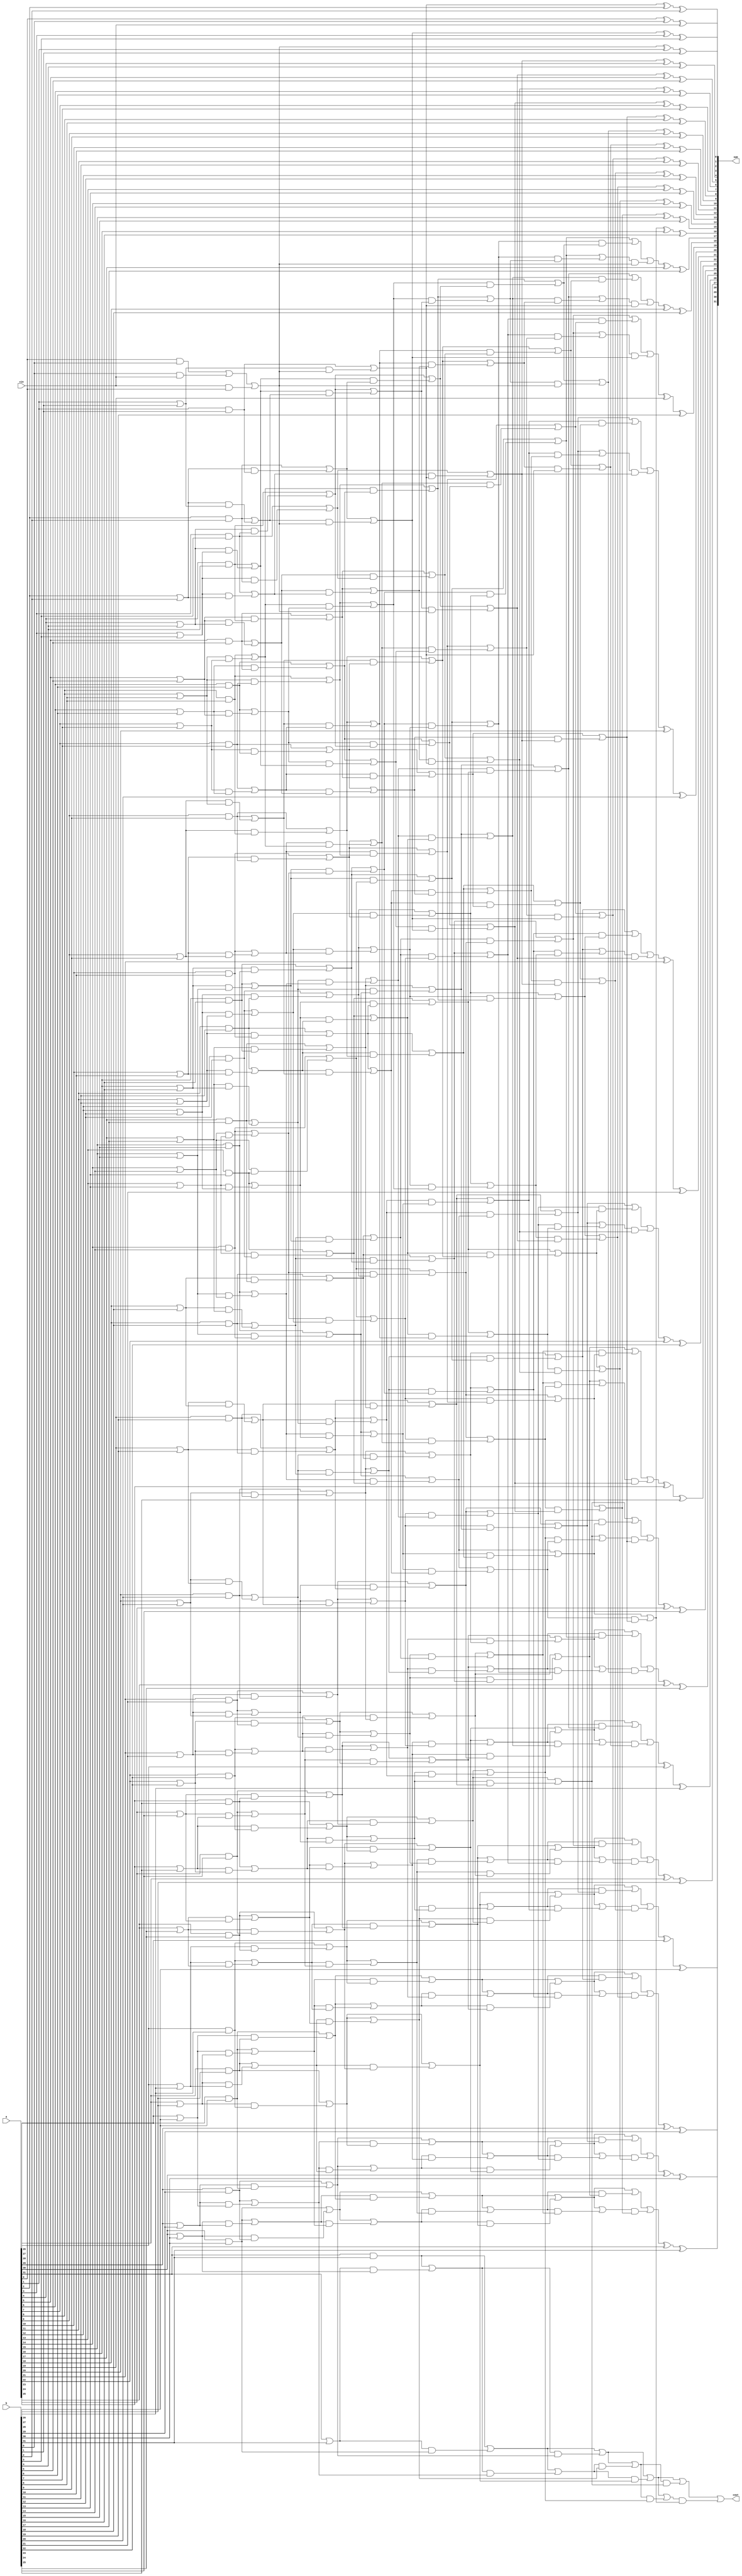
module rdcla(a, b, cin, sum, cout);
	input [32:1] a,b;
	input cin;
	
	output wire [32:1] sum;
	output wire cout;

	wire [1:0] kgp [32:1];
	
	wire [1:0] temp_1 [32:1];
	wire [1:0] temp_2 [32:1];
	wire [1:0] temp_4 [32:1];
	wire [1:0] temp_8 [32:1];
	wire [1:0] temp_16 [32:1];

	wire [32:1] kg;

//kgp -- 00-kill && 11-generate && 10-propagate

	
//KGP Generating
assign kgp[1][0]=(a[1]&b[1]) | (b[1]&cin) | (cin&a[1]);
assign kgp[1][1]=(a[1]&b[1]) | (b[1]&cin) | (cin&a[1]);

assign kgp[2][0]=a[2]&b[2]; 
assign kgp[2][1]=a[2]|b[2];

assign kgp[3][0]=a[3]&b[3]; 
assign kgp[3][1]=a[3]|b[3];

assign kgp[4][0]=a[4]&b[4]; 
assign kgp[4][1]=a[4]|b[4];

assign kgp[5][0]=a[5]&b[5]; 
assign kgp[5][1]=a[5]|b[5];

assign kgp[6][0]=a[6]&b[6]; 
assign kgp[6][1]=a[6]|b[6];

assign kgp[7][0]=a[7]&b[7]; 
assign kgp[7][1]=a[7]|b[7];

assign kgp[8][0]=a[8]&b[8]; 
assign kgp[8][1]=a[8]|b[8];

assign kgp[9][0]=a[9]&b[9]; 
assign kgp[9][1]=a[9]|b[9];

assign kgp[10][0]=a[10]&b[10]; 
assign kgp[10][1]=a[10]|b[10];

assign kgp[11][0]=a[11]&b[11]; 
assign kgp[11][1]=a[11]|b[11];

assign kgp[12][0]=a[12]&b[12]; 
assign kgp[12][1]=a[12]|b[12];

assign kgp[13][0]=a[13]&b[13]; 
assign kgp[13][1]=a[13]|b[13];

assign kgp[14][0]=a[14]&b[14]; 
assign kgp[14][1]=a[14]|b[14];

assign kgp[15][0]=a[15]&b[15]; 
assign kgp[15][1]=a[15]|b[15];

assign kgp[16][0]=a[16]&b[16]; 
assign kgp[16][1]=a[16]|b[16];

assign kgp[17][0]=a[17]&b[17]; 
assign kgp[17][1]=a[17]|b[17];

assign kgp[18][0]=a[18]&b[18]; 
assign kgp[18][1]=a[18]|b[18];

assign kgp[19][0]=a[19]&b[19]; 
assign kgp[19][1]=a[19]|b[19];

assign kgp[20][0]=a[20]&b[20]; 
assign kgp[20][1]=a[20]|b[20];

assign kgp[21][0]=a[21]&b[21]; 
assign kgp[21][1]=a[21]|b[21];

assign kgp[22][0]=a[22]&b[22]; 
assign kgp[22][1]=a[22]|b[22];

assign kgp[23][0]=a[23]&b[23]; 
assign kgp[23][1]=a[23]|b[23];

assign kgp[24][0]=a[24]&b[24]; 
assign kgp[24][1]=a[24]|b[24];

assign kgp[25][0]=a[25]&b[25]; 
assign kgp[25][1]=a[25]|b[25];

assign kgp[26][0]=a[26]&b[26]; 
assign kgp[26][1]=a[26]|b[26];

assign kgp[27][0]=a[27]&b[27]; 
assign kgp[27][1]=a[27]|b[27];

assign kgp[28][0]=a[28]&b[28]; 
assign kgp[28][1]=a[28]|b[28];

assign kgp[29][0]=a[29]&b[29]; 
assign kgp[29][1]=a[29]|b[29];

assign kgp[30][0]=a[30]&b[30]; 
assign kgp[30][1]=a[30]|b[30];

assign kgp[31][0]=a[31]&b[31]; 
assign kgp[31][1]=a[31]|b[31];

assign kgp[32][0]=a[32]&b[32]; 
assign kgp[32][1]=a[32]|b[32];

//KGP Reducing
// 16 15 14 13 12 11 10 9 8 7 6 5 4 3 2 1
// 1 -32.31 ..... 16.15  15.14  14.13  13.12  12.11  11.10  10.9  9.8  8.7  7.6  6.5  5.4  4.3  3.2  2.1  1
// 2 -32.30 ..... 16.14  15.13  14.12  13.11  12.10  11.9  10.8  9.7  8.6  7.5  6.4  5.3  4.2  3.1  2  1
// 4 -32.28 ..... 16.12  15.11  14.10  13.9  12.8  11.7  10.6  9.5  8.4  7.3  6.2  5.1  4  3  2  1
// 8 -32.24 ..... 16.8  15.7  14.6  13.5  12.4  11.3  10.2  9.1  8  7  6  5  4  3  2  1
// 16- 
// 32-NIL


// 1 - 32.31 ..... 16.15  15.14  14.13  13.12  12.11  11.10  10.9  9.8  8.7  7.6  6.5  5.4  4.3  3.2  2.1  1

assign temp_1[1][0]=kgp[1][0];
assign temp_1[1][1]=kgp[1][1];

assign temp_1[2][0]=(kgp[2][0])|(kgp[2][1]&kgp[1][0]);
assign temp_1[2][1]=(kgp[2][0])|(kgp[2][1]&kgp[1][1]);

assign temp_1[3][0]=(kgp[3][0])|(kgp[3][1]&kgp[2][0]);
assign temp_1[3][1]=(kgp[3][0])|(kgp[3][1]&kgp[2][1]);

assign temp_1[4][0]=(kgp[4][0])|(kgp[4][1]&kgp[3][0]);
assign temp_1[4][1]=(kgp[4][0])|(kgp[4][1]&kgp[3][1]);

assign temp_1[5][0]=(kgp[5][0])|(kgp[5][1]&kgp[4][0]);
assign temp_1[5][1]=(kgp[5][0])|(kgp[5][1]&kgp[4][1]);

assign temp_1[6][0]=(kgp[6][0])|(kgp[6][1]&kgp[5][0]);
assign temp_1[6][1]=(kgp[6][0])|(kgp[6][1]&kgp[5][1]);

assign temp_1[7][0]=(kgp[7][0])|(kgp[7][1]&kgp[6][0]);
assign temp_1[7][1]=(kgp[7][0])|(kgp[7][1]&kgp[6][1]);

assign temp_1[8][0]=(kgp[8][0])|(kgp[8][1]&kgp[7][0]);
assign temp_1[8][1]=(kgp[8][0])|(kgp[8][1]&kgp[7][1]);

assign temp_1[9][0]=(kgp[9][0])|(kgp[9][1]&kgp[8][0]);
assign temp_1[9][1]=(kgp[9][0])|(kgp[9][1]&kgp[8][1]);

assign temp_1[10][0]=(kgp[10][0])|(kgp[10][1]&kgp[9][0]);
assign temp_1[10][1]=(kgp[10][0])|(kgp[10][1]&kgp[9][1]);

assign temp_1[11][0]=(kgp[11][0])|(kgp[11][1]&kgp[10][0]);
assign temp_1[11][1]=(kgp[11][0])|(kgp[11][1]&kgp[10][1]);

assign temp_1[12][0]=(kgp[12][0])|(kgp[12][1]&kgp[11][0]);
assign temp_1[12][1]=(kgp[12][0])|(kgp[12][1]&kgp[11][1]);

assign temp_1[13][0]=(kgp[13][0])|(kgp[13][1]&kgp[12][0]);
assign temp_1[13][1]=(kgp[13][0])|(kgp[13][1]&kgp[12][1]);

assign temp_1[14][0]=(kgp[14][0])|(kgp[14][1]&kgp[13][0]);
assign temp_1[14][1]=(kgp[14][0])|(kgp[14][1]&kgp[13][1]);

assign temp_1[15][0]=(kgp[15][0])|(kgp[15][1]&kgp[14][0]);
assign temp_1[15][1]=(kgp[15][0])|(kgp[15][1]&kgp[14][1]);

assign temp_1[16][0]=(kgp[16][0])|(kgp[16][1]&kgp[15][0]);
assign temp_1[16][1]=(kgp[16][0])|(kgp[16][1]&kgp[15][1]);

assign temp_1[17][0]=(kgp[17][0])|(kgp[17][1]&kgp[16][0]);
assign temp_1[17][1]=(kgp[17][0])|(kgp[17][1]&kgp[16][1]);

assign temp_1[18][0]=(kgp[18][0])|(kgp[18][1]&kgp[17][0]);
assign temp_1[18][1]=(kgp[18][0])|(kgp[18][1]&kgp[17][1]);

assign temp_1[19][0]=(kgp[19][0])|(kgp[19][1]&kgp[18][0]);
assign temp_1[19][1]=(kgp[19][0])|(kgp[19][1]&kgp[18][1]);

assign temp_1[20][0]=(kgp[20][0])|(kgp[20][1]&kgp[19][0]);
assign temp_1[20][1]=(kgp[20][0])|(kgp[20][1]&kgp[19][1]);

assign temp_1[21][0]=(kgp[21][0])|(kgp[21][1]&kgp[20][0]);
assign temp_1[21][1]=(kgp[21][0])|(kgp[21][1]&kgp[20][1]);

assign temp_1[22][0]=(kgp[22][0])|(kgp[22][1]&kgp[21][0]);
assign temp_1[22][1]=(kgp[22][0])|(kgp[22][1]&kgp[21][1]);

assign temp_1[23][0]=(kgp[23][0])|(kgp[23][1]&kgp[22][0]);
assign temp_1[23][1]=(kgp[23][0])|(kgp[23][1]&kgp[22][1]);

assign temp_1[24][0]=(kgp[24][0])|(kgp[24][1]&kgp[23][0]);
assign temp_1[24][1]=(kgp[24][0])|(kgp[24][1]&kgp[23][1]);

assign temp_1[25][0]=(kgp[25][0])|(kgp[25][1]&kgp[24][0]);
assign temp_1[25][1]=(kgp[25][0])|(kgp[25][1]&kgp[24][1]);

assign temp_1[26][0]=(kgp[26][0])|(kgp[26][1]&kgp[25][0]);
assign temp_1[26][1]=(kgp[26][0])|(kgp[26][1]&kgp[25][1]);

assign temp_1[27][0]=(kgp[27][0])|(kgp[27][1]&kgp[26][0]);
assign temp_1[27][1]=(kgp[27][0])|(kgp[27][1]&kgp[26][1]);

assign temp_1[28][0]=(kgp[28][0])|(kgp[28][1]&kgp[27][0]);
assign temp_1[28][1]=(kgp[28][0])|(kgp[28][1]&kgp[27][1]);

assign temp_1[29][0]=(kgp[29][0])|(kgp[29][1]&kgp[28][0]);
assign temp_1[29][1]=(kgp[29][0])|(kgp[29][1]&kgp[28][1]);

assign temp_1[30][0]=(kgp[30][0])|(kgp[30][1]&kgp[29][0]);
assign temp_1[30][1]=(kgp[30][0])|(kgp[30][1]&kgp[29][1]);

assign temp_1[31][0]=(kgp[31][0])|(kgp[31][1]&kgp[30][0]);
assign temp_1[31][1]=(kgp[31][0])|(kgp[31][1]&kgp[30][1]);

assign temp_1[32][0]=(kgp[32][0])|(kgp[32][1]&kgp[31][0]);
assign temp_1[32][1]=(kgp[32][0])|(kgp[32][1]&kgp[31][1]);



// 2 - 32.30 ..... 16.14  15.13  14.12  13.11  12.10  11.9  10.8  9.7  8.6  7.5  6.4  5.3  4.2  3.1  2  1
assign temp_2[1][0]=temp_1[1][0];
assign temp_2[1][1]=temp_1[1][1];

assign temp_2[2][0]=temp_1[2][0];
assign temp_2[2][1]=temp_1[2][1];

assign temp_2[3][0]=(temp_1[3][0])|(temp_1[3][1]&temp_1[1][0]);
assign temp_2[3][1]=(temp_1[3][0])|(temp_1[3][1]&temp_1[1][1]);

assign temp_2[4][0]=(temp_1[4][0])|(temp_1[4][1]&temp_1[2][0]);
assign temp_2[4][1]=(temp_1[4][0])|(temp_1[4][1]&temp_1[2][1]);

assign temp_2[5][0]=(temp_1[5][0])|(temp_1[5][1]&temp_1[3][0]);
assign temp_2[5][1]=(temp_1[5][0])|(temp_1[5][1]&temp_1[3][1]);

assign temp_2[6][0]=(temp_1[6][0])|(temp_1[6][1]&temp_1[4][0]);
assign temp_2[6][1]=(temp_1[6][0])|(temp_1[6][1]&temp_1[4][1]);

assign temp_2[7][0]=(temp_1[7][0])|(temp_1[7][1]&temp_1[5][0]);
assign temp_2[7][1]=(temp_1[7][0])|(temp_1[7][1]&temp_1[5][1]);

assign temp_2[8][0]=(temp_1[8][0])|(temp_1[8][1]&temp_1[6][0]);
assign temp_2[8][1]=(temp_1[8][0])|(temp_1[8][1]&temp_1[6][1]);

assign temp_2[9][0]=(temp_1[9][0])|(temp_1[9][1]&temp_1[7][0]);
assign temp_2[9][1]=(temp_1[9][0])|(temp_1[9][1]&temp_1[7][1]);

assign temp_2[10][0]=(temp_1[10][0])|(temp_1[10][1]&temp_1[8][0]);
assign temp_2[10][1]=(temp_1[10][0])|(temp_1[10][1]&temp_1[8][1]);

assign temp_2[11][0]=(temp_1[11][0])|(temp_1[11][1]&temp_1[9][0]);
assign temp_2[11][1]=(temp_1[11][0])|(temp_1[11][1]&temp_1[9][1]);

assign temp_2[12][0]=(temp_1[12][0])|(temp_1[12][1]&temp_1[10][0]);
assign temp_2[12][1]=(temp_1[12][0])|(temp_1[12][1]&temp_1[10][1]);

assign temp_2[13][0]=(temp_1[13][0])|(temp_1[13][1]&temp_1[11][0]);
assign temp_2[13][1]=(temp_1[13][0])|(temp_1[13][1]&temp_1[11][1]);

assign temp_2[14][0]=(temp_1[14][0])|(temp_1[14][1]&temp_1[12][0]);
assign temp_2[14][1]=(temp_1[14][0])|(temp_1[14][1]&temp_1[12][1]);

assign temp_2[15][0]=(temp_1[15][0])|(temp_1[15][1]&temp_1[13][0]);
assign temp_2[15][1]=(temp_1[15][0])|(temp_1[15][1]&temp_1[13][1]);

assign temp_2[16][0]=(temp_1[16][0])|(temp_1[16][1]&temp_1[14][0]);
assign temp_2[16][1]=(temp_1[16][0])|(temp_1[16][1]&temp_1[14][1]);

assign temp_2[17][0]=(temp_1[17][0])|(temp_1[17][1]&temp_1[15][0]);
assign temp_2[17][1]=(temp_1[17][0])|(temp_1[17][1]&temp_1[15][1]);

assign temp_2[18][0]=(temp_1[18][0])|(temp_1[18][1]&temp_1[16][0]);
assign temp_2[18][1]=(temp_1[18][0])|(temp_1[18][1]&temp_1[16][1]);

assign temp_2[19][0]=(temp_1[19][0])|(temp_1[19][1]&temp_1[17][0]);
assign temp_2[19][1]=(temp_1[19][0])|(temp_1[19][1]&temp_1[17][1]);

assign temp_2[20][0]=(temp_1[20][0])|(temp_1[20][1]&temp_1[18][0]);
assign temp_2[20][1]=(temp_1[20][0])|(temp_1[20][1]&temp_1[18][1]);

assign temp_2[21][0]=(temp_1[21][0])|(temp_1[21][1]&temp_1[19][0]);
assign temp_2[21][1]=(temp_1[21][0])|(temp_1[21][1]&temp_1[19][1]);

assign temp_2[22][0]=(temp_1[22][0])|(temp_1[22][1]&temp_1[20][0]);
assign temp_2[22][1]=(temp_1[22][0])|(temp_1[22][1]&temp_1[20][1]);

assign temp_2[23][0]=(temp_1[23][0])|(temp_1[23][1]&temp_1[21][0]);
assign temp_2[23][1]=(temp_1[23][0])|(temp_1[23][1]&temp_1[21][1]);

assign temp_2[24][0]=(temp_1[24][0])|(temp_1[24][1]&temp_1[22][0]);
assign temp_2[24][1]=(temp_1[24][0])|(temp_1[24][1]&temp_1[22][1]);

assign temp_2[25][0]=(temp_1[25][0])|(temp_1[25][1]&temp_1[23][0]);
assign temp_2[25][1]=(temp_1[25][0])|(temp_1[25][1]&temp_1[23][1]);

assign temp_2[26][0]=(temp_1[26][0])|(temp_1[26][1]&temp_1[24][0]);
assign temp_2[26][1]=(temp_1[26][0])|(temp_1[26][1]&temp_1[24][1]);

assign temp_2[27][0]=(temp_1[27][0])|(temp_1[27][1]&temp_1[25][0]);
assign temp_2[27][1]=(temp_1[27][0])|(temp_1[27][1]&temp_1[25][1]);

assign temp_2[28][0]=(temp_1[28][0])|(temp_1[28][1]&temp_1[26][0]);
assign temp_2[28][1]=(temp_1[28][0])|(temp_1[28][1]&temp_1[26][1]);

assign temp_2[29][0]=(temp_1[29][0])|(temp_1[29][1]&temp_1[27][0]);
assign temp_2[29][1]=(temp_1[29][0])|(temp_1[29][1]&temp_1[27][1]);

assign temp_2[30][0]=(temp_1[30][0])|(temp_1[30][1]&temp_1[28][0]);
assign temp_2[30][1]=(temp_1[30][0])|(temp_1[30][1]&temp_1[28][1]);

assign temp_2[31][0]=(temp_1[31][0])|(temp_1[31][1]&temp_1[29][0]);
assign temp_2[31][1]=(temp_1[31][0])|(temp_1[31][1]&temp_1[29][1]);

assign temp_2[32][0]=(temp_1[32][0])|(temp_1[32][1]&temp_1[30][0]);
assign temp_2[32][1]=(temp_1[32][0])|(temp_1[32][1]&temp_1[30][1]);







// 4 - 32.28 ..... 16.12  15.11  14.10  13.9  12.8  11.7  10.6  9.5  8.4  7.3  6.2  5.1  4  3  2  1
assign temp_4[1][0]=temp_2[1][0];
assign temp_4[1][1]=temp_2[1][1];

assign temp_4[2][0]=temp_2[2][0];
assign temp_4[2][1]=temp_2[2][1];

assign temp_4[3][0]=temp_2[3][0];
assign temp_4[3][1]=temp_2[3][1];

assign temp_4[4][0]=temp_2[4][0];
assign temp_4[4][1]=temp_2[4][1];

assign temp_4[5][0]=(temp_2[5][0])|(temp_2[5][1]&temp_2[1][0]);
assign temp_4[5][1]=(temp_2[5][0])|(temp_2[5][1]&temp_2[1][1]);

assign temp_4[6][0]=(temp_2[6][0])|(temp_2[6][1]&temp_2[2][0]);
assign temp_4[6][1]=(temp_2[6][0])|(temp_2[6][1]&temp_2[2][1]);

assign temp_4[7][0]=(temp_2[7][0])|(temp_2[7][1]&temp_2[3][0]);
assign temp_4[7][1]=(temp_2[7][0])|(temp_2[7][1]&temp_2[3][1]);

assign temp_4[8][0]=(temp_2[8][0])|(temp_2[8][1]&temp_2[4][0]);
assign temp_4[8][1]=(temp_2[8][0])|(temp_2[8][1]&temp_2[4][1]);

assign temp_4[9][0]=(temp_2[9][0])|(temp_2[9][1]&temp_2[5][0]);
assign temp_4[9][1]=(temp_2[9][0])|(temp_2[9][1]&temp_2[5][1]);

assign temp_4[10][0]=(temp_2[10][0])|(temp_2[10][1]&temp_2[6][0]);
assign temp_4[10][1]=(temp_2[10][0])|(temp_2[10][1]&temp_2[6][1]);

assign temp_4[11][0]=(temp_2[11][0])|(temp_2[11][1]&temp_2[7][0]);
assign temp_4[11][1]=(temp_2[11][0])|(temp_2[11][1]&temp_2[7][1]);

assign temp_4[12][0]=(temp_2[12][0])|(temp_2[12][1]&temp_2[8][0]);
assign temp_4[12][1]=(temp_2[12][0])|(temp_2[12][1]&temp_2[8][1]);

assign temp_4[13][0]=(temp_2[13][0])|(temp_2[13][1]&temp_2[9][0]);
assign temp_4[13][1]=(temp_2[13][0])|(temp_2[13][1]&temp_2[9][1]);

assign temp_4[14][0]=(temp_2[14][0])|(temp_2[14][1]&temp_2[10][0]);
assign temp_4[14][1]=(temp_2[14][0])|(temp_2[14][1]&temp_2[10][1]);

assign temp_4[15][0]=(temp_2[15][0])|(temp_2[15][1]&temp_2[11][0]);
assign temp_4[15][1]=(temp_2[15][0])|(temp_2[15][1]&temp_2[11][1]);

assign temp_4[16][0]=(temp_2[16][0])|(temp_2[16][1]&temp_2[12][0]);
assign temp_4[16][1]=(temp_2[16][0])|(temp_2[16][1]&temp_2[12][1]);

assign temp_4[17][0]=(temp_2[17][0])|(temp_2[17][1]&temp_2[13][0]);
assign temp_4[17][1]=(temp_2[17][0])|(temp_2[17][1]&temp_2[13][1]);

assign temp_4[18][0]=(temp_2[18][0])|(temp_2[18][1]&temp_2[14][0]);
assign temp_4[18][1]=(temp_2[18][0])|(temp_2[18][1]&temp_2[14][1]);

assign temp_4[19][0]=(temp_2[19][0])|(temp_2[19][1]&temp_2[15][0]);
assign temp_4[19][1]=(temp_2[19][0])|(temp_2[19][1]&temp_2[15][1]);

assign temp_4[20][0]=(temp_2[20][0])|(temp_2[20][1]&temp_2[16][0]);
assign temp_4[20][1]=(temp_2[20][0])|(temp_2[20][1]&temp_2[16][1]);

assign temp_4[21][0]=(temp_2[21][0])|(temp_2[21][1]&temp_2[17][0]);
assign temp_4[21][1]=(temp_2[21][0])|(temp_2[21][1]&temp_2[17][1]);

assign temp_4[22][0]=(temp_2[22][0])|(temp_2[22][1]&temp_2[18][0]);
assign temp_4[22][1]=(temp_2[22][0])|(temp_2[22][1]&temp_2[18][1]);

assign temp_4[23][0]=(temp_2[23][0])|(temp_2[23][1]&temp_2[19][0]);
assign temp_4[23][1]=(temp_2[23][0])|(temp_2[23][1]&temp_2[19][1]);

assign temp_4[24][0]=(temp_2[24][0])|(temp_2[24][1]&temp_2[20][0]);
assign temp_4[24][1]=(temp_2[24][0])|(temp_2[24][1]&temp_2[20][1]);

assign temp_4[25][0]=(temp_2[25][0])|(temp_2[25][1]&temp_2[21][0]);
assign temp_4[25][1]=(temp_2[25][0])|(temp_2[25][1]&temp_2[21][1]);

assign temp_4[26][0]=(temp_2[26][0])|(temp_2[26][1]&temp_2[22][0]);
assign temp_4[26][1]=(temp_2[26][0])|(temp_2[26][1]&temp_2[22][1]);

assign temp_4[27][0]=(temp_2[27][0])|(temp_2[27][1]&temp_2[23][0]);
assign temp_4[27][1]=(temp_2[27][0])|(temp_2[27][1]&temp_2[23][1]);

assign temp_4[28][0]=(temp_2[28][0])|(temp_2[28][1]&temp_2[24][0]);
assign temp_4[28][1]=(temp_2[28][0])|(temp_2[28][1]&temp_2[24][1]);

assign temp_4[29][0]=(temp_2[29][0])|(temp_2[29][1]&temp_2[25][0]);
assign temp_4[29][1]=(temp_2[29][0])|(temp_2[29][1]&temp_2[25][1]);

assign temp_4[30][0]=(temp_2[30][0])|(temp_2[30][1]&temp_2[26][0]);
assign temp_4[30][1]=(temp_2[30][0])|(temp_2[30][1]&temp_2[26][1]);

assign temp_4[31][0]=(temp_2[31][0])|(temp_2[31][1]&temp_2[27][0]);
assign temp_4[31][1]=(temp_2[31][0])|(temp_2[31][1]&temp_2[27][1]);

assign temp_4[32][0]=(temp_2[32][0])|(temp_2[32][1]&temp_2[28][0]);
assign temp_4[32][1]=(temp_2[32][0])|(temp_2[32][1]&temp_2[28][1]);

// 8 - 32.24 ..... 16.8  15.7  14.6  13.5  12.4  11.3  10.2  9.1  8  7  6  5  4  3  2  1
assign temp_8[1][0]=temp_4[1][0];
assign temp_8[1][1]=temp_4[1][1];

assign temp_8[2][0]=temp_4[2][0];
assign temp_8[2][1]=temp_4[2][1];

assign temp_8[3][0]=temp_4[3][0];
assign temp_8[3][1]=temp_4[3][1];

assign temp_8[4][0]=temp_4[4][0];
assign temp_8[4][1]=temp_4[4][1];

assign temp_8[5][0]=temp_4[5][0];
assign temp_8[5][1]=temp_4[5][1];

assign temp_8[6][0]=temp_4[6][0];
assign temp_8[6][1]=temp_4[6][1];

assign temp_8[7][0]=temp_4[7][0];
assign temp_8[7][1]=temp_4[7][1];

assign temp_8[8][0]=temp_4[8][0];
assign temp_8[8][1]=temp_4[8][1];

assign temp_8[9][0]=(temp_4[9][0])|(temp_4[9][1]&temp_4[1][0]);
assign temp_8[9][1]=(temp_4[9][0])|(temp_4[9][1]&temp_4[1][1]);

assign temp_8[10][0]=(temp_4[10][0])|(temp_4[10][1]&temp_4[2][0]);
assign temp_8[10][1]=(temp_4[10][0])|(temp_4[10][1]&temp_4[2][1]);

assign temp_8[11][0]=(temp_4[11][0])|(temp_4[11][1]&temp_4[3][0]);
assign temp_8[11][1]=(temp_4[11][0])|(temp_4[11][1]&temp_4[3][1]);

assign temp_8[12][0]=(temp_4[12][0])|(temp_4[12][1]&temp_4[4][0]);
assign temp_8[12][1]=(temp_4[12][0])|(temp_4[12][1]&temp_4[4][1]);

assign temp_8[13][0]=(temp_4[13][0])|(temp_4[13][1]&temp_4[5][0]);
assign temp_8[13][1]=(temp_4[13][0])|(temp_4[13][1]&temp_4[5][1]);

assign temp_8[14][0]=(temp_4[14][0])|(temp_4[14][1]&temp_4[6][0]);
assign temp_8[14][1]=(temp_4[14][0])|(temp_4[14][1]&temp_4[6][1]);

assign temp_8[15][0]=(temp_4[15][0])|(temp_4[15][1]&temp_4[7][0]);
assign temp_8[15][1]=(temp_4[15][0])|(temp_4[15][1]&temp_4[7][1]);

assign temp_8[16][0]=(temp_4[16][0])|(temp_4[16][1]&temp_4[8][0]);
assign temp_8[16][1]=(temp_4[16][0])|(temp_4[16][1]&temp_4[8][1]);

assign temp_8[17][0]=(temp_4[17][0])|(temp_4[17][1]&temp_4[9][0]);
assign temp_8[17][1]=(temp_4[17][0])|(temp_4[17][1]&temp_4[9][1]);

assign temp_8[18][0]=(temp_4[18][0])|(temp_4[18][1]&temp_4[10][0]);
assign temp_8[18][1]=(temp_4[18][0])|(temp_4[18][1]&temp_4[10][1]);

assign temp_8[19][0]=(temp_4[19][0])|(temp_4[19][1]&temp_4[11][0]);
assign temp_8[19][1]=(temp_4[19][0])|(temp_4[19][1]&temp_4[11][1]);

assign temp_8[20][0]=(temp_4[20][0])|(temp_4[20][1]&temp_4[12][0]);
assign temp_8[20][1]=(temp_4[20][0])|(temp_4[20][1]&temp_4[12][1]);

assign temp_8[21][0]=(temp_4[21][0])|(temp_4[21][1]&temp_4[13][0]);
assign temp_8[21][1]=(temp_4[21][0])|(temp_4[21][1]&temp_4[13][1]);

assign temp_8[22][0]=(temp_4[22][0])|(temp_4[22][1]&temp_4[14][0]);
assign temp_8[22][1]=(temp_4[22][0])|(temp_4[22][1]&temp_4[14][1]);

assign temp_8[23][0]=(temp_4[23][0])|(temp_4[23][1]&temp_4[15][0]);
assign temp_8[23][1]=(temp_4[23][0])|(temp_4[23][1]&temp_4[15][1]);

assign temp_8[24][0]=(temp_4[24][0])|(temp_4[24][1]&temp_4[16][0]);
assign temp_8[24][1]=(temp_4[24][0])|(temp_4[24][1]&temp_4[16][1]);

assign temp_8[25][0]=(temp_4[25][0])|(temp_4[25][1]&temp_4[17][0]);
assign temp_8[25][1]=(temp_4[25][0])|(temp_4[25][1]&temp_4[17][1]);

assign temp_8[26][0]=(temp_4[26][0])|(temp_4[26][1]&temp_4[18][0]);
assign temp_8[26][1]=(temp_4[26][0])|(temp_4[26][1]&temp_4[18][1]);

assign temp_8[27][0]=(temp_4[27][0])|(temp_4[27][1]&temp_4[19][0]);
assign temp_8[27][1]=(temp_4[27][0])|(temp_4[27][1]&temp_4[19][1]);

assign temp_8[28][0]=(temp_4[28][0])|(temp_4[28][1]&temp_4[20][0]);
assign temp_8[28][1]=(temp_4[28][0])|(temp_4[28][1]&temp_4[20][1]);

assign temp_8[29][0]=(temp_4[29][0])|(temp_4[29][1]&temp_4[21][0]);
assign temp_8[29][1]=(temp_4[29][0])|(temp_4[29][1]&temp_4[21][1]);

assign temp_8[30][0]=(temp_4[30][0])|(temp_4[30][1]&temp_4[22][0]);
assign temp_8[30][1]=(temp_4[30][0])|(temp_4[30][1]&temp_4[22][1]);

assign temp_8[31][0]=(temp_4[31][0])|(temp_4[31][1]&temp_4[23][0]);
assign temp_8[31][1]=(temp_4[31][0])|(temp_4[31][1]&temp_4[23][1]);

assign temp_8[32][0]=(temp_4[32][0])|(temp_4[32][1]&temp_4[24][0]);
assign temp_8[32][1]=(temp_4[32][0])|(temp_4[32][1]&temp_4[24][1]);

//16 -32.16 32.15...... 16  15  14 13  12  11  10  9  8  7  6  5  4  3  2  1
assign temp_16[1][0]=temp_8[1][0];
assign temp_16[1][1]=temp_8[1][1];

assign temp_16[2][0]=temp_8[2][0];
assign temp_16[2][1]=temp_8[2][1];

assign temp_16[3][0]=temp_8[3][0];
assign temp_16[3][1]=temp_8[3][1];

assign temp_16[4][0]=temp_8[4][0];
assign temp_16[4][1]=temp_8[4][1];

assign temp_16[5][0]=temp_8[5][0];
assign temp_16[5][1]=temp_8[5][1];

assign temp_16[6][0]=temp_8[6][0];
assign temp_16[6][1]=temp_8[6][1];

assign temp_16[7][0]=temp_8[7][0];
assign temp_16[7][1]=temp_8[7][1];

assign temp_16[8][0]=temp_8[8][0];
assign temp_16[8][1]=temp_8[8][1];

assign temp_16[9][0]=temp_8[9][0];
assign temp_16[9][1]=temp_8[9][1];

assign temp_16[10][0]=temp_8[10][0];
assign temp_16[10][1]=temp_8[10][1];

assign temp_16[11][0]=temp_8[11][0];
assign temp_16[11][1]=temp_8[11][1];

assign temp_16[12][0]=temp_8[12][0];
assign temp_16[12][1]=temp_8[12][1];

assign temp_16[13][0]=temp_8[13][0];
assign temp_16[13][1]=temp_8[13][1];

assign temp_16[14][0]=temp_8[14][0];
assign temp_16[14][1]=temp_8[14][1];

assign temp_16[15][0]=temp_8[15][0];
assign temp_16[15][1]=temp_8[15][1];

assign temp_16[16][0]=temp_8[16][0];
assign temp_16[16][1]=temp_8[16][1];

assign temp_16[17][0]=(temp_8[17][0])|(temp_8[17][1]&temp_8[1][0]);
assign temp_16[17][1]=(temp_8[17][0])|(temp_8[17][1]&temp_8[1][1]);

assign temp_16[18][0]=(temp_8[18][0])|(temp_8[18][1]&temp_8[2][0]);
assign temp_16[18][1]=(temp_8[18][0])|(temp_8[18][1]&temp_8[2][1]);

assign temp_16[19][0]=(temp_8[19][0])|(temp_8[19][1]&temp_8[3][0]);
assign temp_16[19][1]=(temp_8[19][0])|(temp_8[19][1]&temp_8[3][1]);

assign temp_16[20][0]=(temp_8[20][0])|(temp_8[20][1]&temp_8[4][0]);
assign temp_16[20][1]=(temp_8[20][0])|(temp_8[20][1]&temp_8[4][1]);

assign temp_16[21][0]=(temp_8[21][0])|(temp_8[21][1]&temp_8[5][0]);
assign temp_16[21][1]=(temp_8[21][0])|(temp_8[21][1]&temp_8[5][1]);

assign temp_16[22][0]=(temp_8[22][0])|(temp_8[22][1]&temp_8[6][0]);
assign temp_16[22][1]=(temp_8[22][0])|(temp_8[22][1]&temp_8[6][1]);

assign temp_16[23][0]=(temp_8[23][0])|(temp_8[23][1]&temp_8[7][0]);
assign temp_16[23][1]=(temp_8[23][0])|(temp_8[23][1]&temp_8[7][1]);

assign temp_16[24][0]=(temp_8[24][0])|(temp_8[24][1]&temp_8[8][0]);
assign temp_16[24][1]=(temp_8[24][0])|(temp_8[24][1]&temp_8[8][1]);

assign temp_16[25][0]=(temp_8[25][0])|(temp_8[25][1]&temp_8[9][0]);
assign temp_16[25][1]=(temp_8[25][0])|(temp_8[25][1]&temp_8[9][1]);

assign temp_16[26][0]=(temp_8[26][0])|(temp_8[26][1]&temp_8[10][0]);
assign temp_16[26][1]=(temp_8[26][0])|(temp_8[26][1]&temp_8[10][1]);

assign temp_16[27][0]=(temp_8[27][0])|(temp_8[27][1]&temp_8[11][0]);
assign temp_16[27][1]=(temp_8[27][0])|(temp_8[27][1]&temp_8[11][1]);

assign temp_16[28][0]=(temp_8[28][0])|(temp_8[28][1]&temp_8[12][0]);
assign temp_16[28][1]=(temp_8[28][0])|(temp_8[28][1]&temp_8[12][1]);

assign temp_16[29][0]=(temp_8[29][0])|(temp_8[29][1]&temp_8[13][0]);
assign temp_16[29][1]=(temp_8[29][0])|(temp_8[29][1]&temp_8[13][1]);

assign temp_16[30][0]=(temp_8[30][0])|(temp_8[30][1]&temp_8[14][0]);
assign temp_16[30][1]=(temp_8[30][0])|(temp_8[30][1]&temp_8[14][1]);

assign temp_16[31][0]=(temp_8[31][0])|(temp_8[31][1]&temp_8[15][0]);
assign temp_16[31][1]=(temp_8[31][0])|(temp_8[31][1]&temp_8[15][1]);

assign temp_16[32][0]=(temp_8[32][0])|(temp_8[32][1]&temp_8[16][0]);
assign temp_16[32][1]=(temp_8[32][0])|(temp_8[32][1]&temp_8[16][1]);

//GK Calculating
assign kg[1]=temp_16[1][1];
assign kg[2]=temp_16[2][1];
assign kg[3]=temp_16[3][1];
assign kg[4]=temp_16[4][1];
assign kg[5]=temp_16[5][1];
assign kg[6]=temp_16[6][1];
assign kg[7]=temp_16[7][1];
assign kg[8]=temp_16[8][1];
assign kg[9]=temp_16[9][1];
assign kg[10]=temp_16[10][1];
assign kg[11]=temp_16[11][1];
assign kg[12]=temp_16[12][1];
assign kg[13]=temp_16[13][1];
assign kg[14]=temp_16[14][1];
assign kg[15]=temp_16[15][1];
assign kg[16]=temp_16[16][1];
assign kg[17]=temp_16[17][1];
assign kg[18]=temp_16[18][1];
assign kg[19]=temp_16[19][1];
assign kg[20]=temp_16[20][1];
assign kg[21]=temp_16[21][1];
assign kg[22]=temp_16[22][1];
assign kg[23]=temp_16[23][1];
assign kg[24]=temp_16[24][1];
assign kg[25]=temp_16[25][1];
assign kg[26]=temp_16[26][1];
assign kg[27]=temp_16[27][1];
assign kg[28]=temp_16[28][1];
assign kg[29]=temp_16[29][1];
assign kg[30]=temp_16[30][1];
assign kg[31]=temp_16[31][1];
assign kg[32]=temp_16[32][1];

//calculating sum
assign sum[1]=a[1]^b[1]^cin;
assign sum[2]=kg[1]^a[2]^b[2];
assign sum[3]=kg[2]^a[3]^b[3];
assign sum[4]=kg[3]^a[4]^b[4];
assign sum[5]=kg[4]^a[5]^b[5];
assign sum[6]=kg[5]^a[6]^b[6];
assign sum[7]=kg[6]^a[7]^b[7];
assign sum[8]=kg[7]^a[8]^b[8];
assign sum[9]=kg[8]^a[9]^b[9];
assign sum[10]=kg[9]^a[10]^b[10];
assign sum[11]=kg[10]^a[11]^b[11];
assign sum[12]=kg[11]^a[12]^b[12];
assign sum[13]=kg[12]^a[13]^b[13];
assign sum[14]=kg[13]^a[14]^b[14];
assign sum[15]=kg[14]^a[15]^b[15];
assign sum[16]=kg[15]^a[16]^b[16];
assign sum[17]=kg[16]^a[17]^b[17];
assign sum[18]=kg[17]^a[18]^b[18];
assign sum[19]=kg[18]^a[19]^b[19];
assign sum[20]=kg[19]^a[20]^b[20];
assign sum[21]=kg[20]^a[21]^b[21];
assign sum[22]=kg[21]^a[22]^b[22];
assign sum[23]=kg[22]^a[23]^b[23];
assign sum[24]=kg[23]^a[24]^b[24];
assign sum[25]=kg[24]^a[25]^b[25];
assign sum[26]=kg[25]^a[26]^b[26];
assign sum[27]=kg[26]^a[27]^b[27];
assign sum[28]=kg[27]^a[28]^b[28];
assign sum[29]=kg[28]^a[29]^b[29];
assign sum[30]=kg[29]^a[30]^b[30];
assign sum[31]=kg[30]^a[31]^b[31];
assign sum[32]=kg[31]^a[32]^b[32];
assign cout=kg[32];

endmodule